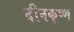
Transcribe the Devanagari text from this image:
दीनकृष्ण